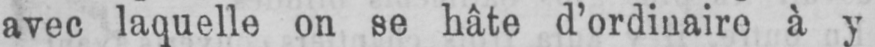
avec laquelle on se hâte d’ordinaire à y